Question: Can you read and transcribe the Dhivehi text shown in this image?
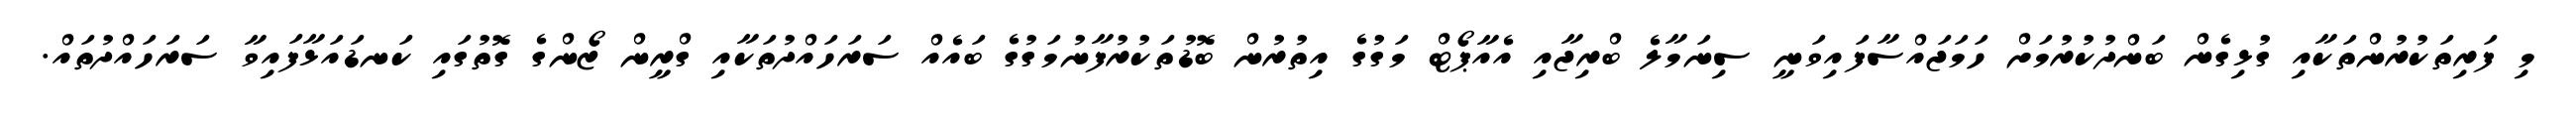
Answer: މި ފަރިތަކުރުންތަކާއި ގުޅިގެން ބަންދުކުރުމަށް ހަމަޖައްސާފައިވަނީ ސިނަމާލެ ބްރިޖާއި އެއާޕޯޓް މަގުގެ އިތުރުން ބޮޑުތަކުރުފާނުމަގުގެ ބައެއް ސަރަހައްދުތަކާއި ގްރީން ޒޯންގެ ގޮތުގައި ކަނޑައަޅާފައިވާ ސަރަހައްދުތައް.